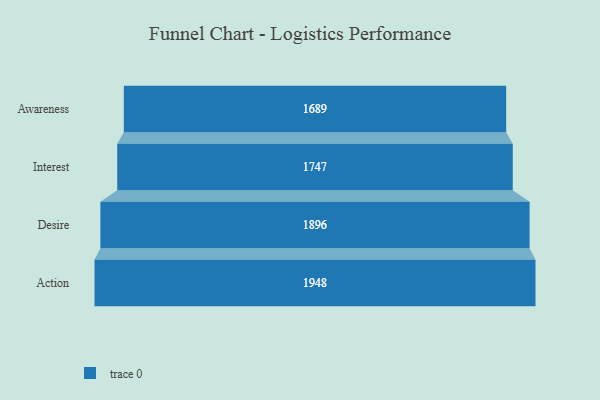
{"axis": {"x": "Stage", "y": "Value"}, "legend": [""], "data": [{"x": "Awareness", "y": 1689.0, "type": ""}, {"x": "Interest", "y": 1747.0, "type": ""}, {"x": "Desire", "y": 1896.0, "type": ""}, {"x": "Action", "y": 1948.0, "type": ""}]}